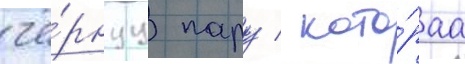
чё́рнуу пару / кото́раа